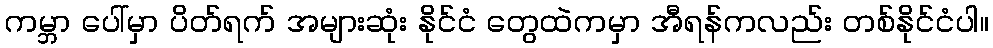
ကမ္ဘာ ပေါ်မှာ ပိတ်ရက် အများဆုံး နိုင်ငံ တွေထဲကမှာ အီရန်ကလည်း တစ်နိုင်ငံပါ။